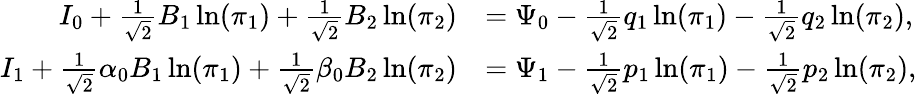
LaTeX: \begin{array}{rl}{I_{0}+\frac{1}{\sqrt{2}}B_{1}\ln(\pi_{1})+\frac{1}{\sqrt{2}}B_{2}\ln(\pi_{2})}&{=\Psi_{0}-\frac{1}{\sqrt 2}q_{1}\ln(\pi_{1})-\frac{1}{\sqrt 2}q_{2}\ln(\pi_{2}),}\\ {I_{1}+\frac{1}{\sqrt{2}}\alpha_{0}B_{1}\ln(\pi_{1})+\frac{1}{\sqrt{2}}\beta_{0}B_{2}\ln(\pi_{2})}&{=\Psi_{1}-\frac{1}{\sqrt 2}p_{1}\ln(\pi_{1})-\frac{1}{\sqrt 2}p_{2}\ln(\pi_{2}),}\end{array}